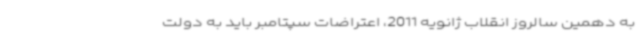
به دهمین سالروز انقلاب ژانویه 2011، اعتراضات سپتامبر باید به دولت